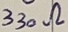
Text: 330Ω